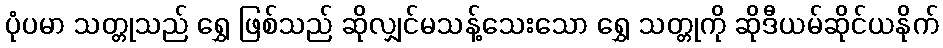
ပုံပမာ သတ္တုသည် ရွှေ ဖြစ်သည် ဆိုလျှင်မသန့်သေးသော ရွှေ သတ္တုကို ဆိုဒီယမ်ဆိုင်ယနိုက်